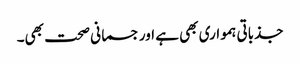
جذباتی ہمواری بھی ہے اور جسمانی صحت بھی۔